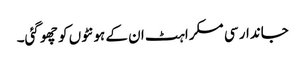
جاندار سی مسکراہٹ ان کے ہونٹوں کو چھو گئی۔